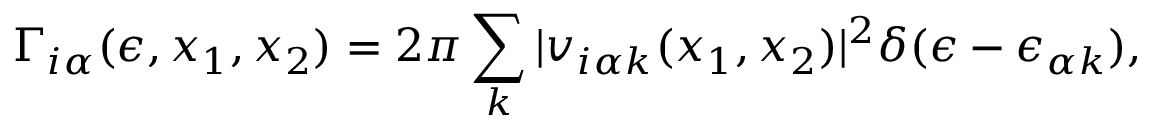
\Gamma _ { i \alpha } ( \epsilon , x _ { 1 } , x _ { 2 } ) = 2 \pi \sum _ { k } | v _ { i \alpha k } ( x _ { 1 } , x _ { 2 } ) | ^ { 2 } \delta ( \epsilon - \epsilon _ { \alpha k } ) ,